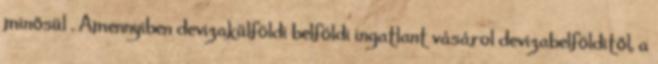
minősül . Amennyiben devizakülföldi belföldi ingatlant vásárol devizabelfölditől, a